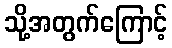
သို့အတွက်ကြောင့်